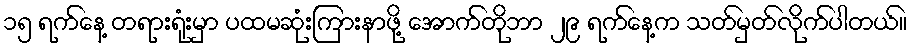
၁၅ ရက်နေ့ တရားရုံးမှာ ပထမဆုံးကြားနာဖို့ အောက်တိုဘာ ၂၉ ရက်နေ့က သတ်မှတ်လိုက်ပါတယ်။